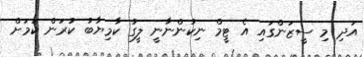
އަދި މި ސީޒަންގައި އެ ޓީމް ނިކުންނާނީ ލީގު ކާމިޔާބު ކުރަން ކަމަށް